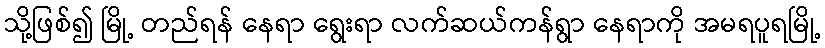
သို့ဖြစ်၍ မြို့ တည်ရန် နေရာ ရွေးရာ လက်ဆယ်ကန်ရွာ နေရာကို အမရပူရမြို့